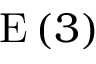
\mathrm { E } \left( 3 \right)